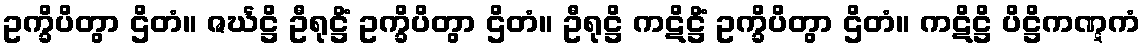
ဥက္ခိပိတွာ ဌိတံ။ ဇင်္ဃဋ္ဌိ ဦရုဋ္ဌိံ ဥက္ခိပိတွာ ဌိတံ။ ဦရုဋ္ဌိ ကဋိဋ္ဌိံ ဥက္ခိပိတွာ ဌိတံ။ ကဋိဋ္ဌိ ပိဋ္ဌိကဏ္ဋကံ